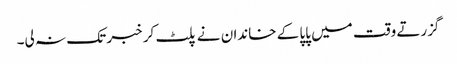
گزرتے وقت میں پاپا کے خاندان نے پلٹ کر خبر تک نہ لی۔